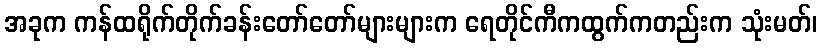
အခုက ကန်ထရိုက်တိုက်ခန်းတော်တော်များများက ရေတိုင်ကီကထွက်ကတည်းက သုံးမတ်၊